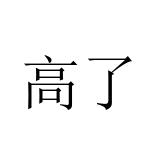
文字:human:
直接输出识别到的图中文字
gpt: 高了